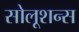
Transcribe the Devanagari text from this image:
सोलूशन्स